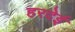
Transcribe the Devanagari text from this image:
हरदेई